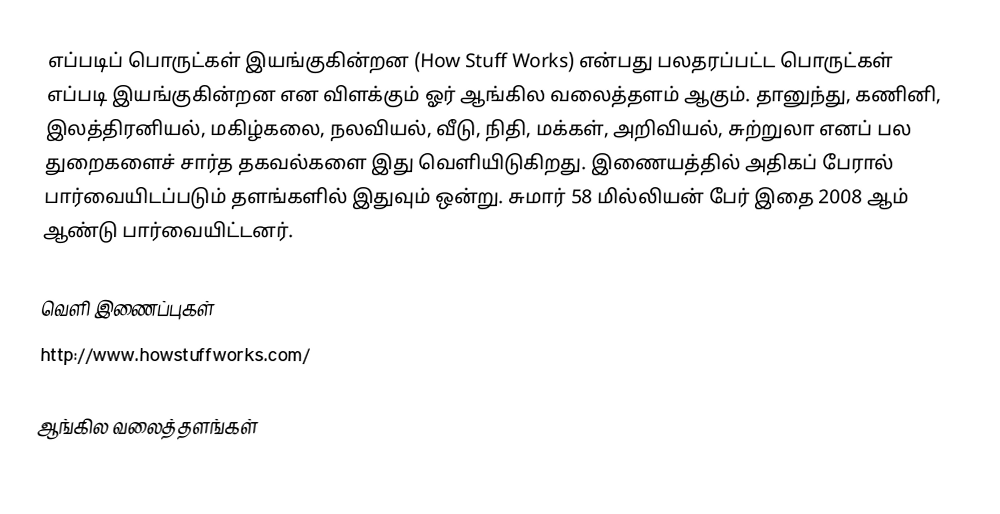
எப்படிப் பொருட்கள் இயங்குகின்றன (How Stuff Works) என்பது பலதரப்பட்ட பொருட்கள் எப்படி இயங்குகின்றன என விளக்கும் ஓர் ஆங்கில வலைத்தளம் ஆகும்.  தானுந்து, கணினி, இலத்திரனியல், மகிழ்கலை, நலவியல், வீடு, நிதி, மக்கள், அறிவியல், சுற்றுலா எனப் பல துறைகளைச் சார்த தகவல்களை இது வெளியிடுகிறது.  இணையத்தில் அதிகப் பேரால் பார்வையிடப்படும் தளங்களில் இதுவும் ஒன்று.  சுமார் 58 மில்லியன் பேர் இதை 2008 ஆம் ஆண்டு பார்வையிட்டனர்.

வெளி இணைப்புகள்
 http://www.howstuffworks.com/

ஆங்கில வலைத்தளங்கள்